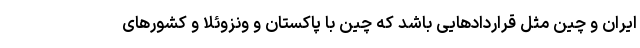
ایران و چین مثل قراردادهایی باشد که چین با پاکستان و ونزوئلا و کشورهای